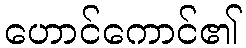
ဟောင်ကောင်၏